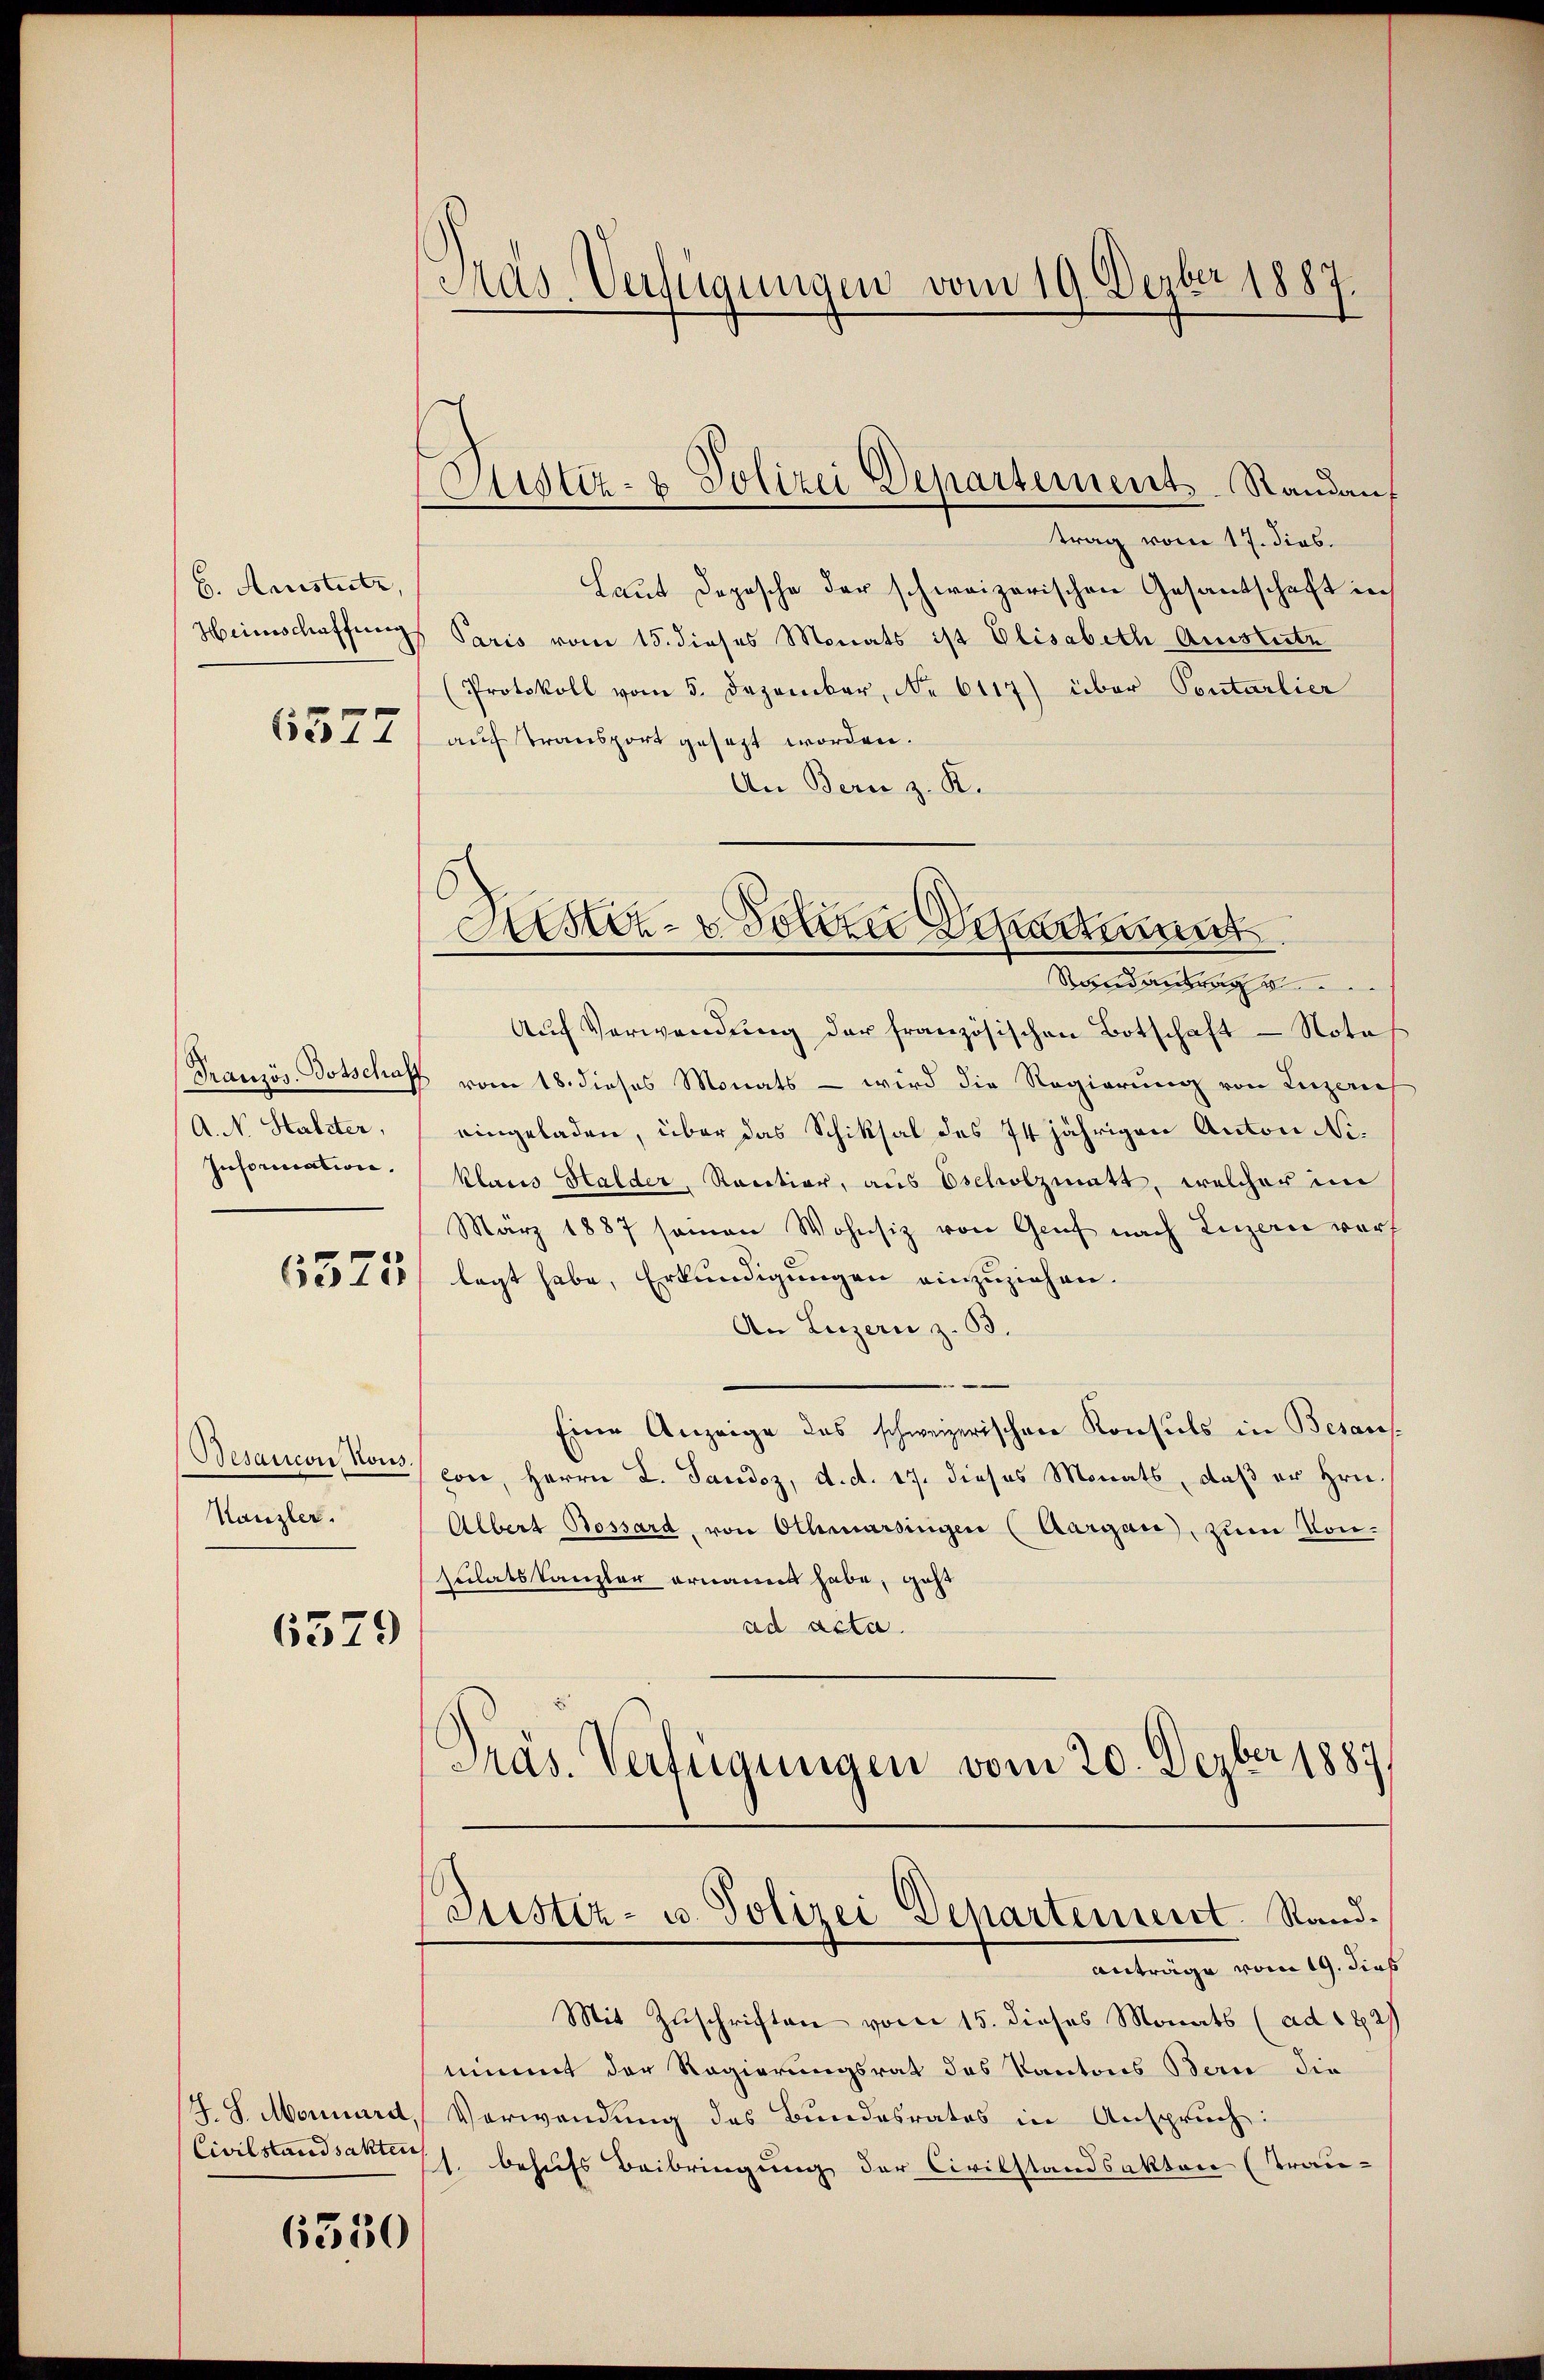
b. Amistitz,
6577

A. N. Staliter,
Inforication.

6373

Besaucon Rous.
Kanzler.

6579

6350

Pas Verfügungen vom 19. Dezber 1887.

trag vom 17. dies.
Laut Depesche der schweizerischen Gesantschaft in
Heimschaffungs Paris vom 15. dieses Monats ist Elisabeth Ausstertr
(Protokoll vom 5. Dezember, No 6117) über Pontarlier
auf Transport gesezt worden.
An Bern z. R.
Auf Verwendung der französischen Botschaft - Notas
Französ. Botschaff vom 18. dieses Monats - wird die Regierung von Luzern
eingeladen, über das Schiksal des 74jährigen Anton Niklaus Halder, Raction, aus Escholzmatt, welcher im
März 1887 seinen Wohnsiz von Genf nach Luzern vorf
lagt habe, Erkundigungen einzuziehen.
An Luzern z. B.
Eine Anzeige des schweizerischen Konsuls in Besauscon, Herrn L. Sandoz, d. d. 17. dieses Monats, daß er Hrn.
Albert Bossard, von Othmarsingen (Aargau, zum Vonsulats Kanzler ernannt habe, geht
ad acta.
Präs. Verfügungen vom 20. Dezber 1889

Justiz- & Polizei Departement. Randan

Histor. v. Sollen Depart
Mandartung

Justiz- u. Polizei Departement. Rand.
anträge vom 19. dies

Mit Zuschriften vom 15. dieses Monats (ad 182
nimmt der Regierungsrat des Kantons Bern die
J. J. Monnard, Verwendung des Bundesrates in Anspruch:
Civilstandsakter h. behufs Beibringung der Civilstandsakten (Trau-